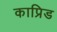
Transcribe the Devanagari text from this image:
काप्रिड